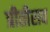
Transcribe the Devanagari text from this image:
प्रीतीराव